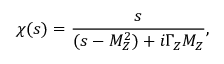
\chi ( s ) = { \frac { s } { ( s - M _ { Z } ^ { 2 } ) + i \Gamma _ { Z } M _ { Z } } } ,